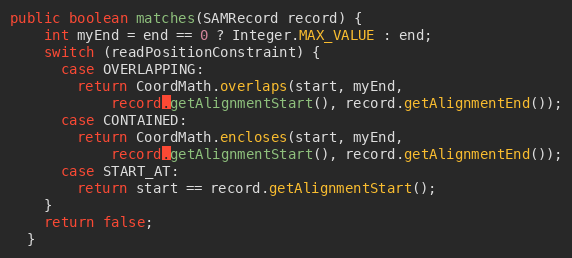
Language: Java
public boolean matches(SAMRecord record) {
    int myEnd = end == 0 ? Integer.MAX_VALUE : end;
    switch (readPositionConstraint) {
      case OVERLAPPING:
        return CoordMath.overlaps(start, myEnd,
            record.getAlignmentStart(), record.getAlignmentEnd());
      case CONTAINED:
        return CoordMath.encloses(start, myEnd,
            record.getAlignmentStart(), record.getAlignmentEnd());
      case START_AT:
        return start == record.getAlignmentStart();
    }
    return false;
  }